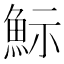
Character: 䱈